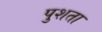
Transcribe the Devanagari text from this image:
पुशता